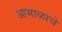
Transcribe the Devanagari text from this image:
आभाळाचे